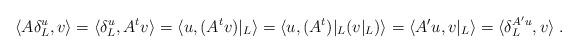
LaTeX: \begin{align*}\langle A\delta_L^u,v\rangle=\langle\delta_L^u,A^tv\rangle=\langle u,(A^tv)|_L\rangle=\langle u,(A^t)|_L(v|_L)\rangle=\langle A'u,v|_L\rangle=\langle\delta_L^{A'u},v\rangle\;.\end{align*}